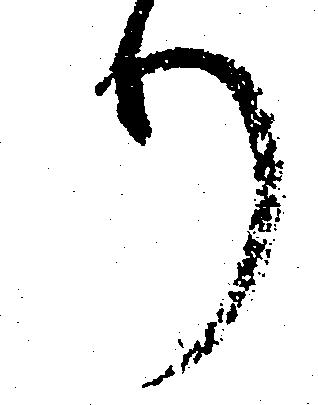
り